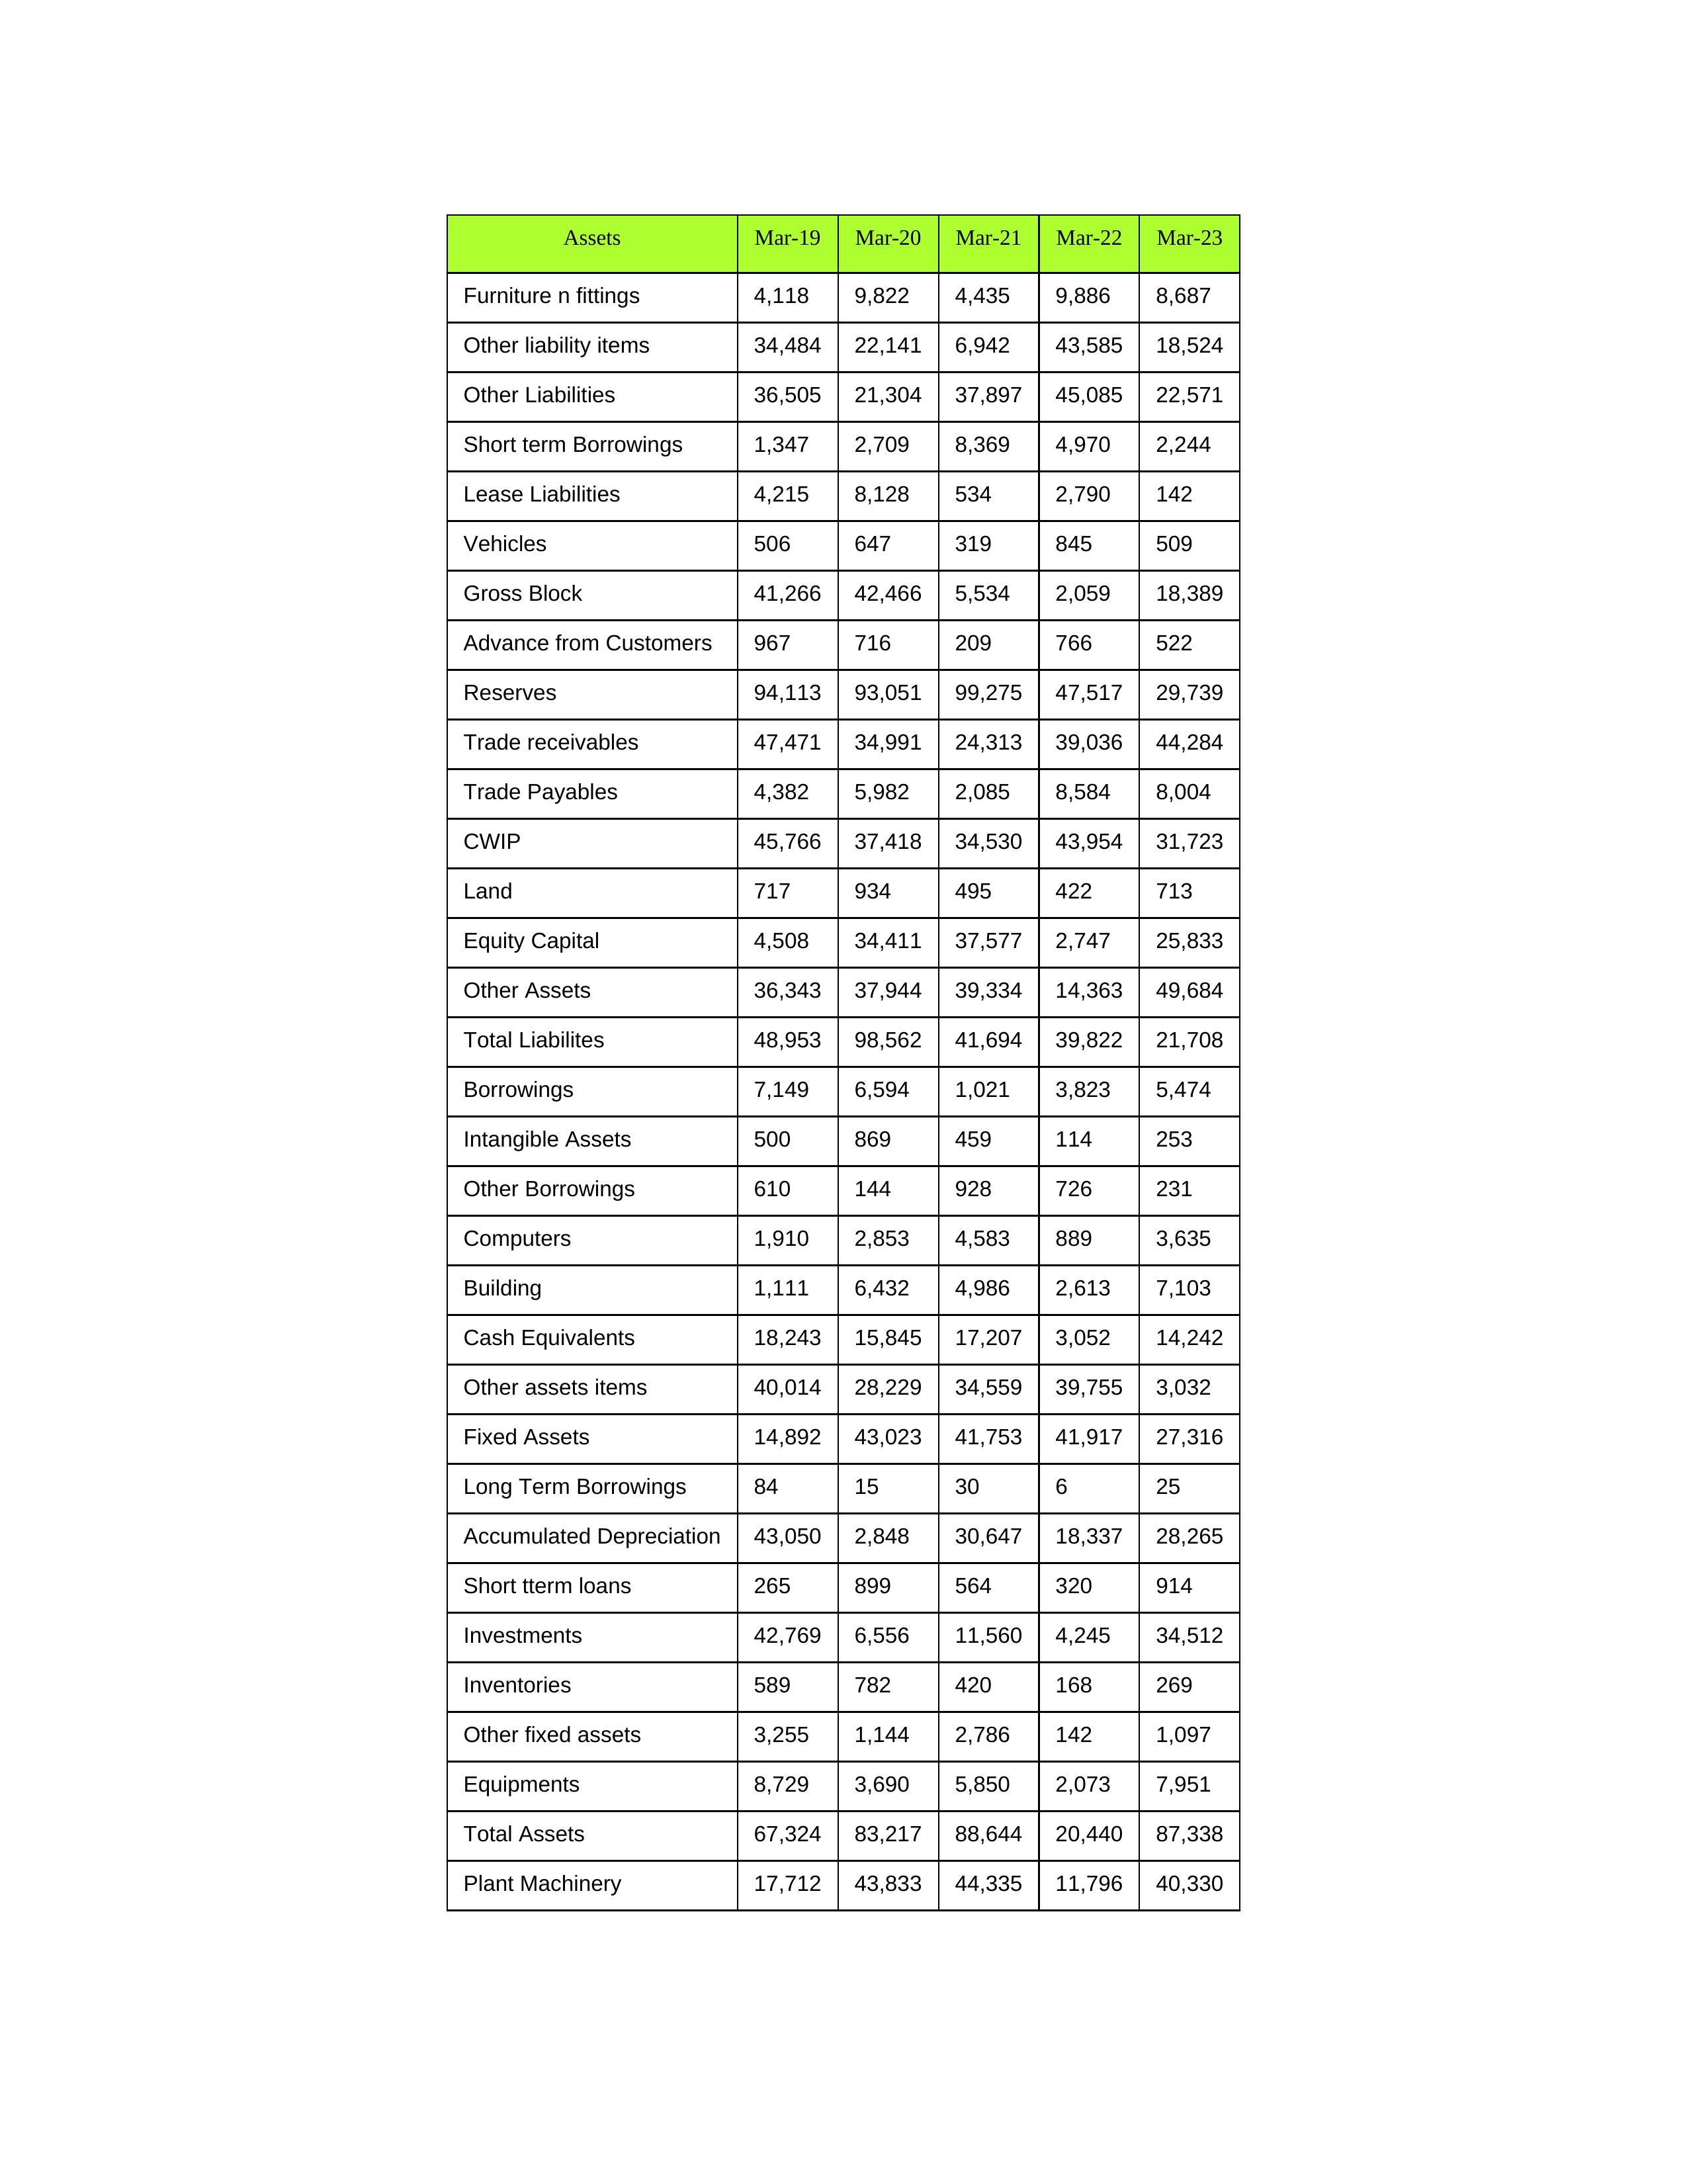
gt_parse: Mar-19: Equity Capital: 4,508
Reserves: 94,113
Borrowings: 7,149
Long Term Borrowings: 84
Short term Borrowings: 1,347
Lease Liabilities: 4,215
Other Borrowings: 610
Other Liabilities: 36,505
Trade Payables: 4,382
Advance from Customers: 967
Other liability items: 34,484
Total Liabilites: 48,953
Fixed Assets: 14,892
Land: 717
Building: 1,111
Plant Machinery: 17,712
Equipments: 8,729
Computers: 1,910
Furniture n fittings: 4,118
Vehicles: 506
Intangible Assets: 500
Other fixed assets: 3,255
Gross Block: 41,266
Accumulated Depreciation: 43,050
CWIP: 45,766
Investments: 42,769
Other Assets: 36,343
Inventories: 589
Trade receivables: 47,471
Cash Equivalents: 18,243
Short tterm loans: 265
Other assets items: 40,014
Total Assets: 67,324
Mar-20: Equity Capital: 34,411
Reserves: 93,051
Borrowings: 6,594
Long Term Borrowings: 15
Short term Borrowings: 2,709
Lease Liabilities: 8,128
Other Borrowings: 144
Other Liabilities: 21,304
Trade Payables: 5,982
Advance from Customers: 716
Other liability items: 22,141
Total Liabilites: 98,562
Fixed Assets: 43,023
Land: 934
Building: 6,432
Plant Machinery: 43,833
Equipments: 3,690
Computers: 2,853
Furniture n fittings: 9,822
Vehicles: 647
Intangible Assets: 869
Other fixed assets: 1,144
Gross Block: 42,466
Accumulated Depreciation: 2,848
CWIP: 37,418
Investments: 6,556
Other Assets: 37,944
Inventories: 782
Trade receivables: 34,991
Cash Equivalents: 15,845
Short tterm loans: 899
Other assets items: 28,229
Total Assets: 83,217
Mar-21: Equity Capital: 37,577
Reserves: 99,275
Borrowings: 1,021
Long Term Borrowings: 30
Short term Borrowings: 8,369
Lease Liabilities: 534
Other Borrowings: 928
Other Liabilities: 37,897
Trade Payables: 2,085
Advance from Customers: 209
Other liability items: 6,942
Total Liabilites: 41,694
Fixed Assets: 41,753
Land: 495
Building: 4,986
Plant Machinery: 44,335
Equipments: 5,850
Computers: 4,583
Furniture n fittings: 4,435
Vehicles: 319
Intangible Assets: 459
Other fixed assets: 2,786
Gross Block: 5,534
Accumulated Depreciation: 30,647
CWIP: 34,530
Investments: 11,560
Other Assets: 39,334
Inventories: 420
Trade receivables: 24,313
Cash Equivalents: 17,207
Short tterm loans: 564
Other assets items: 34,559
Total Assets: 88,644
Mar-22: Equity Capital: 2,747
Reserves: 47,517
Borrowings: 3,823
Long Term Borrowings: 6
Short term Borrowings: 4,970
Lease Liabilities: 2,790
Other Borrowings: 726
Other Liabilities: 45,085
Trade Payables: 8,584
Advance from Customers: 766
Other liability items: 43,585
Total Liabilites: 39,822
Fixed Assets: 41,917
Land: 422
Building: 2,613
Plant Machinery: 11,796
Equipments: 2,073
Computers: 889
Furniture n fittings: 9,886
Vehicles: 845
Intangible Assets: 114
Other fixed assets: 142
Gross Block: 2,059
Accumulated Depreciation: 18,337
CWIP: 43,954
Investments: 4,245
Other Assets: 14,363
Inventories: 168
Trade receivables: 39,036
Cash Equivalents: 3,052
Short tterm loans: 320
Other assets items: 39,755
Total Assets: 20,440
Mar-23: Equity Capital: 25,833
Reserves: 29,739
Borrowings: 5,474
Long Term Borrowings: 25
Short term Borrowings: 2,244
Lease Liabilities: 142
Other Borrowings: 231
Other Liabilities: 22,571
Trade Payables: 8,004
Advance from Customers: 522
Other liability items: 18,524
Total Liabilites: 21,708
Fixed Assets: 27,316
Land: 713
Building: 7,103
Plant Machinery: 40,330
Equipments: 7,951
Computers: 3,635
Furniture n fittings: 8,687
Vehicles: 509
Intangible Assets: 253
Other fixed assets: 1,097
Gross Block: 18,389
Accumulated Depreciation: 28,265
CWIP: 31,723
Investments: 34,512
Other Assets: 49,684
Inventories: 269
Trade receivables: 44,284
Cash Equivalents: 14,242
Short tterm loans: 914
Other assets items: 3,032
Total Assets: 87,338